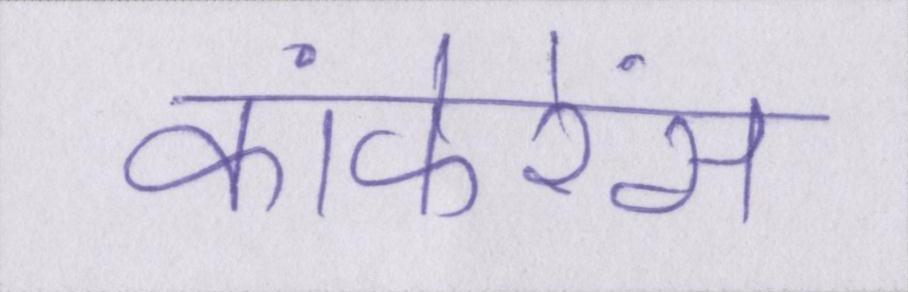
कांफेरेंस